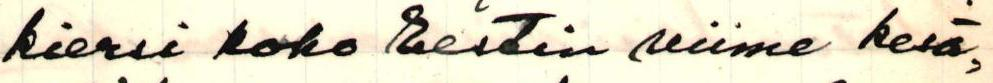
kiersi koko Eestin viime kesä,